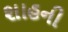
શાહની